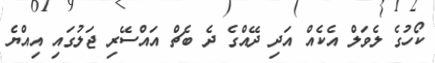
ކޯހުގެ ލެވަލް އެކެއް އަދި ދޭއްގެ ދެ ބެޗް އައްސޭރި ޖަލުގައި އިއްޔެ